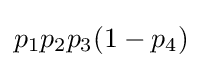
p_{1}p_{2}p_{3}(1-p_{4})